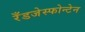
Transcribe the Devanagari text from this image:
रँडजेस्फोन्टेन